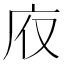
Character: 𢇯